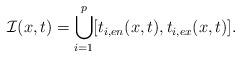
LaTeX: \begin{align*} \mathcal{I}(x,t)=\bigcup_{i=1}^p[t_{i,en}(x,t),t_{i,ex}(x,t)].\end{align*}